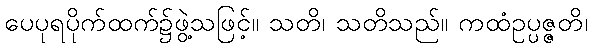
ပေပုရပိုက်ထက်၌ဖွဲ့သဖြင့်။ သတိ၊ သတိသည်။ ကထံဥပ္ပဇ္ဇတိ၊